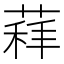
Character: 𦷑